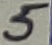
Text: 5